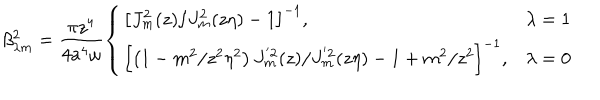
\beta _ { \lambda m } ^ { 2 } = \frac { \pi z ^ { 4 } } { 4 a ^ { 4 } \omega } \left\{ \begin{array} { l l } { { \left[ J _ { m } ^ { 2 } ( z ) / J _ { m } ^ { 2 } ( z \eta ) - 1 \right] ^ { - 1 } , } } & { { \lambda = 1 } } \\ { { \left[ \left( 1 - m ^ { 2 } / z ^ { 2 } \eta ^ { 2 } \right) J _ { m } ^ { ' 2 } ( z ) / J _ { m } ^ { ' 2 } ( z \eta ) - 1 + m ^ { 2 } / z ^ { 2 } \right] ^ { - 1 } , } } & { { \lambda = 0 } } \\ \end{array} \right.